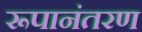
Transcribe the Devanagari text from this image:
रूपानंतरण